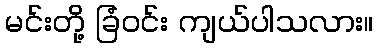
မင်းတို့ ခြံဝင်း ကျယ်ပါသလား။